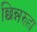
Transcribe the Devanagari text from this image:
छिन्नरुहा